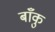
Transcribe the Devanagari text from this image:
बाँकु